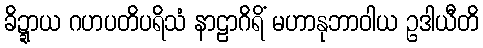
ခိဍ္ဍာယ ဂဟပတိပရိသံ နာဠာဂိရိံ မဟာနုဘာဝါယ ဥဒါယီတိ